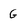
Character: G